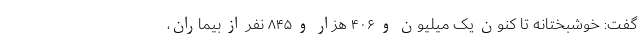
گفت: خوشبختانه تا کنون یک میلیون و ۴۰۶ هزار و ۸۴۵ نفر از بیماران،